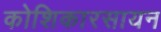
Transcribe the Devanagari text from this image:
कोशिकारसायन